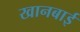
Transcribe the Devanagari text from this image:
खानबाई